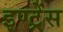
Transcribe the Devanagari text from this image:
इण्ट्रेंस